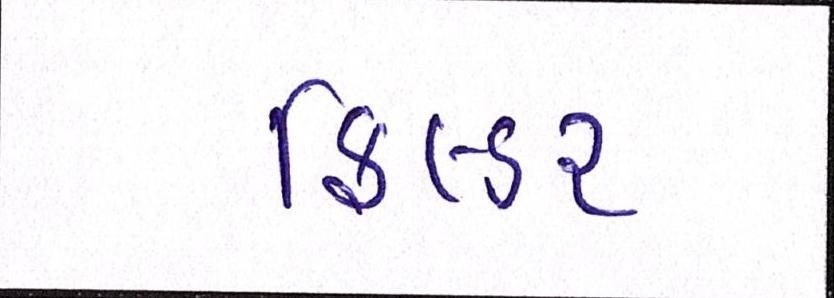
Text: ફિલ્ડર